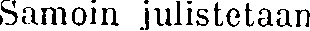
Samoin julistetaan